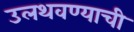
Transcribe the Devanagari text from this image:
उलथवण्याची